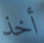
أخذ